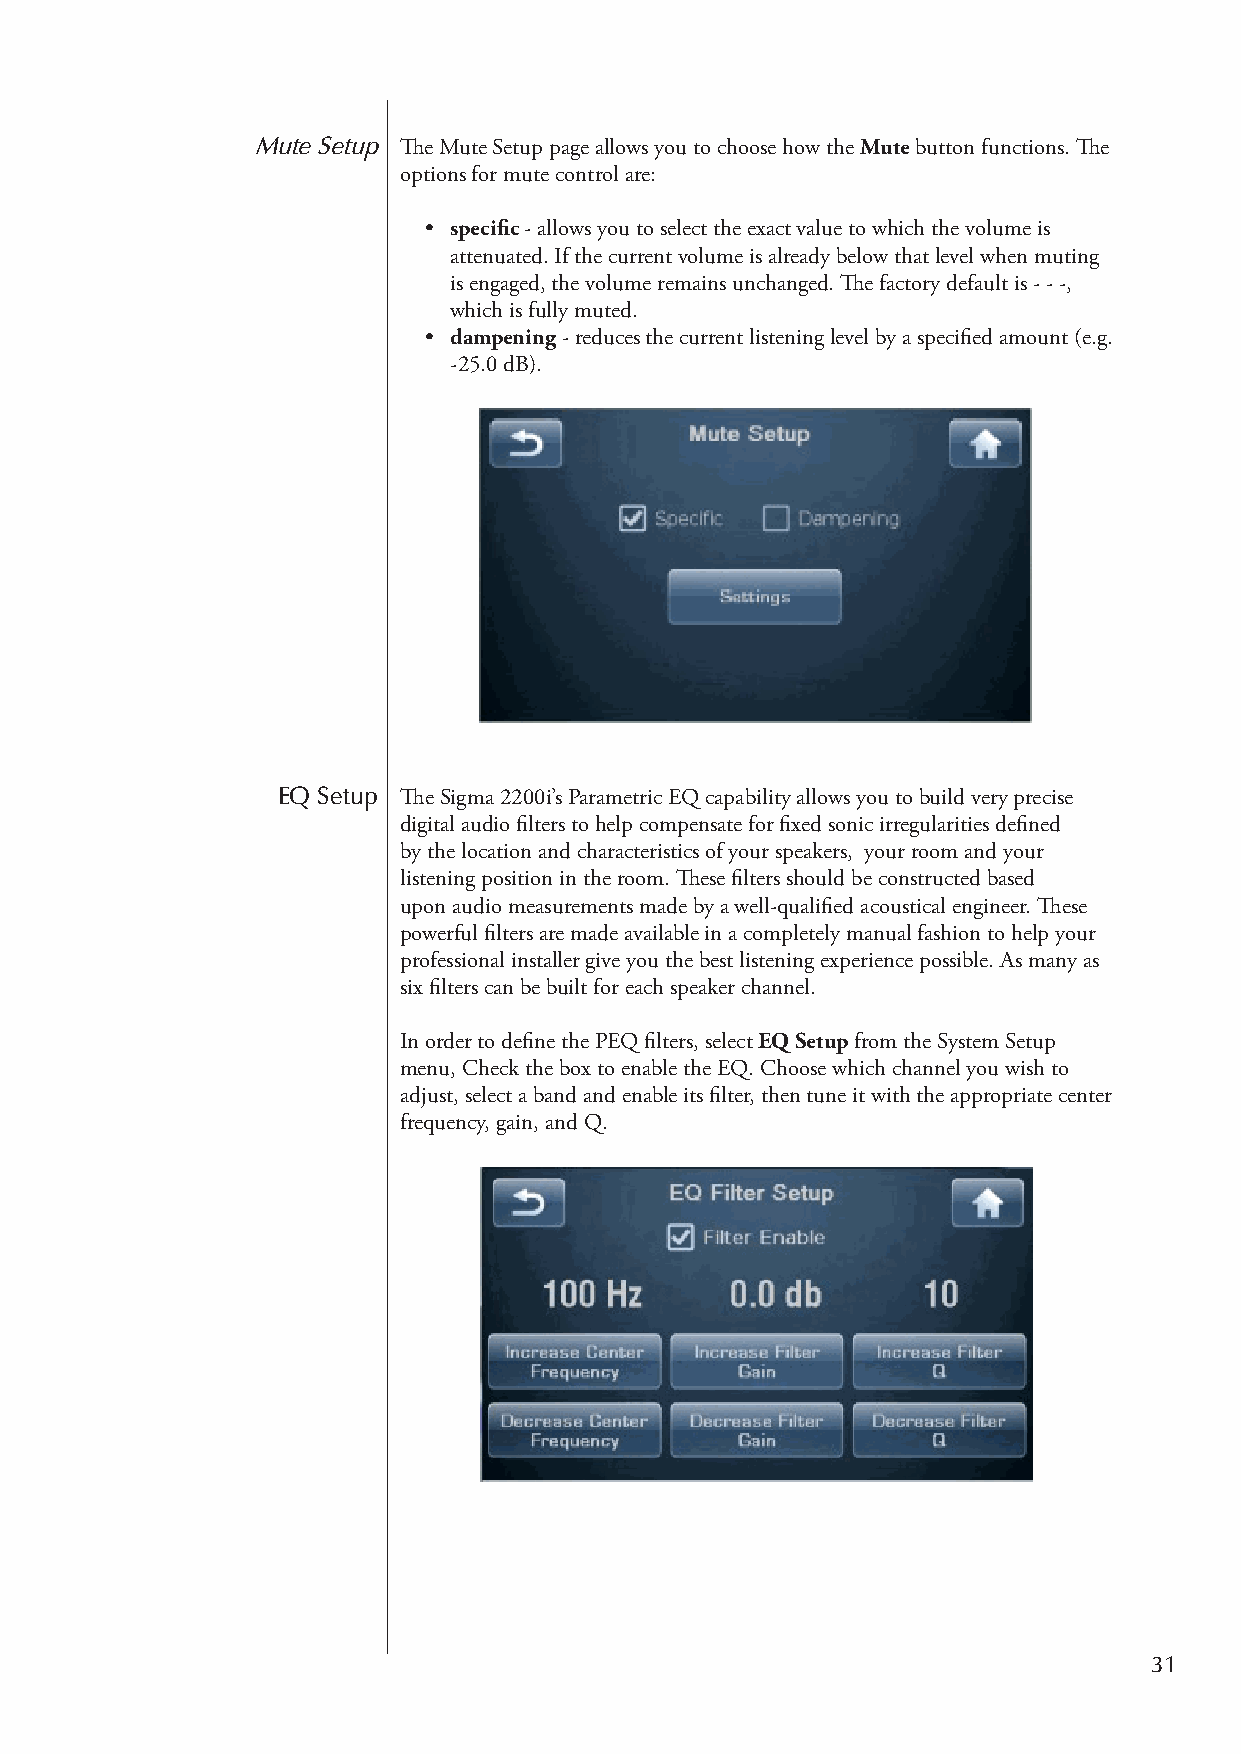
Mute Setup The Mute Setup page allows you to choose how the Mute button functions. The
 options for mute control are:
 • specific - allows you to select the exact value to which the volume is
 attenuated. If the current volume is already below that level when muting
 is engaged, the volume remains unchanged. The factory default is - - -,
 which is fully muted.
 • dampening - reduces the current listening level by a specified amount (e.g.
 -25.0 dB).
 EQ Setup The Sigma 2200i’s Parametric EQ capability allows you to build very precise
 digital audio filters to help compensate for fixed sonic irregularities defined
 by the location and characteristics of your speakers, your room and your
 listening position in the room. These filters should be constructed based
 upon audio measurements made by a well-qualified acoustical engineer. These
 powerful filters are made available in a completely manual fashion to help your
 professional installer give you the best listening experience possible. As many as
 six filters can be built for each speaker channel.
 In order to define the PEQ filters, select EQ Setup from the System Setup
 menu, Check the box to enable the EQ. Choose which channel you wish to
 adjust, select a band and enable its filter, then tune it with the appropriate center
 frequency, gain, and Q.
 31